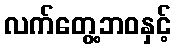
လက်တွေ့ဘဝနှင့်